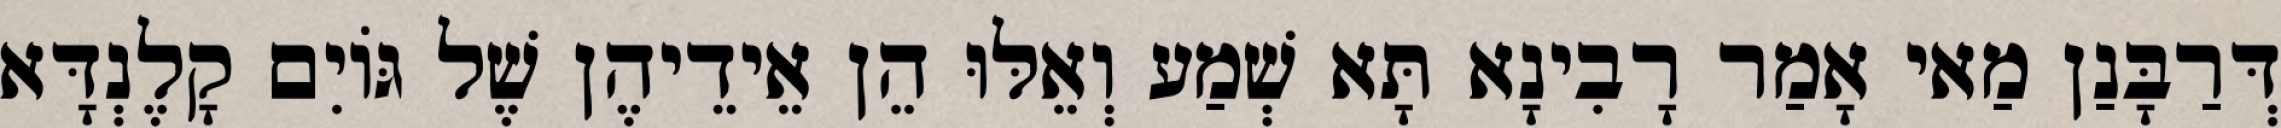
דְּרַבָּנַן מַאי אָמַר רָבִינָא תָּא שְׁמַע וְאֵלּוּ הֵן אֵידֵיהֶן שֶׁל גּוֹיִם קָלֶנְדָּא